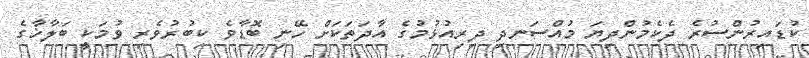
ކުޑައިރުންސުރެ ދެކެމުންދިޔަ މުއްސަނދި ދިރިއުޅުމުގެ އާދަތަކަށް ހޭނި ބޮޑާވެ ކިބުރުވެރި ވުމަކީ ބަލާޚާގެ